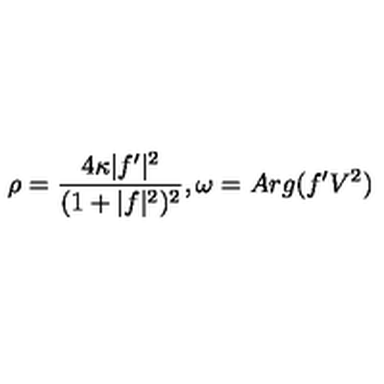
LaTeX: \rho = { \frac { 4 \kappa | f ^ { \prime } | ^ { 2 } } { ( 1 + | f | ^ { 2 } ) ^ { 2 } } } , { } \omega = A r g ( f ^ { \prime } V ^ { 2 } )